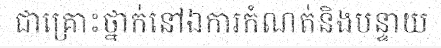
ជាគ្រោះថ្នាក់នៅឯការកំណត់និងបន្ទាយ